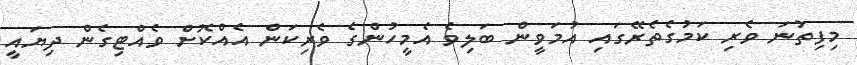
މިފިތުނަ ވެރި ކަމުގެތެރޭގައި އުމަވީން ބަލިވެ އެމީހުންގެ ވެރިކަން އެއްކޮށް ވެއްޓިގެން ދިޔައީ